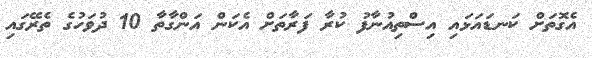
އެގޮތަށް ކަނޑައަޅައި އިސްތިއުނާފު ކުރާ ފަރާތަށް އެކަން އަންގާތާ 10 ދުވަހުގެ ތެރޭގައި